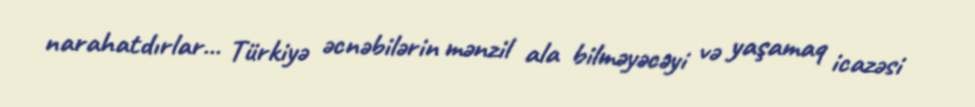
narahatdırlar... Türkiyə əcnəbilərin mənzil ala bilməyəcəyi və yaşamaq icazəsi